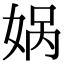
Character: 娲